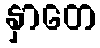
နှာတေ